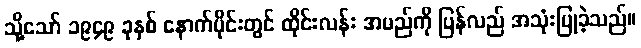
သို့သော် ၁၉၄၉ ခုနှစ် နောက်ပိုင်းတွင် ထိုင်းလန်း အမည်ကို ပြန်လည် အသုံးပြုခဲ့သည်။